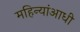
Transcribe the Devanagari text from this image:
महिन्यांआधी